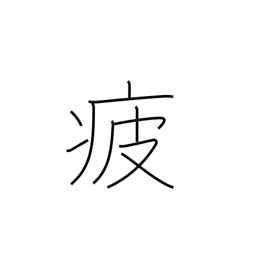
Meaning: weary